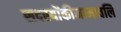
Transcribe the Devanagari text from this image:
सदस्योंकीनामावलि